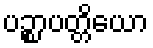
ပဉ္စာပတ္တိယော